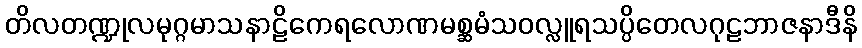
တိလတဏ္ဍုလမုဂ္ဂမာသနာဠိကေရလောဏမစ္ဆမံသဝလ္လူရသပ္ပိတေလဂုဠဘာဇနာဒီနိ